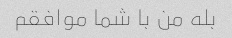
بله من با شما موافقم